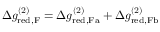
\begin{array} { r } { \Delta g _ { \mathrm { r e d , F } } ^ { ( 2 ) } = \Delta g _ { \mathrm { r e d , F a } } ^ { ( 2 ) } + \Delta g _ { \mathrm { r e d , F b } } ^ { ( 2 ) } } \end{array}